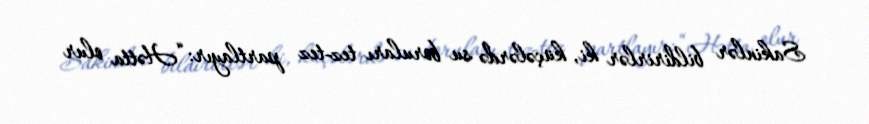
Sakinlər bildirirlər ki, küçələrdə su boruları tez-tez partlayır: “Hətta olur